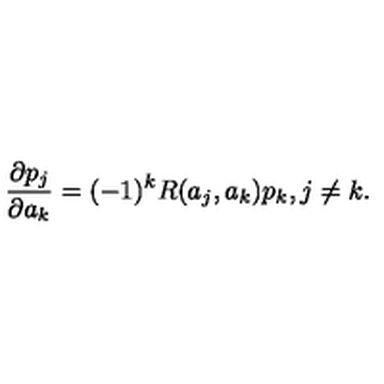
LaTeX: { \frac { \partial p _ { j } } { \partial a _ { k } } } = ( - 1 ) ^ { k } R ( a _ { j } , a _ { k } ) p _ { k } , j \neq k .